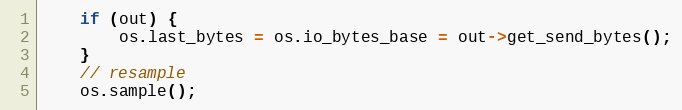
Language: C++
    if (out) {
        os.last_bytes = os.io_bytes_base = out->get_send_bytes();
    }
    // resample
    os.sample();